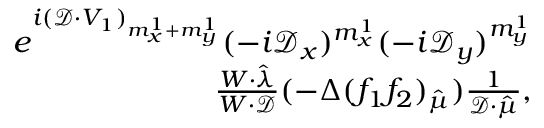
\begin{array} { r } { e ^ { i ( \mathcal { D } \cdot V _ { 1 } ) _ { m _ { x } ^ { 1 } + m _ { y } ^ { 1 } } } ( - i \mathcal { D } _ { x } ) ^ { m _ { x } ^ { 1 } } ( - i \mathcal { D } _ { y } ) ^ { m _ { y } ^ { 1 } } } \\ { \frac { W \cdot \hat { \lambda } } { W \cdot \mathcal { D } } ( - \Delta ( f _ { 1 } f _ { 2 } ) _ { \hat { \mu } } ) \frac { 1 } { \mathcal { D } \cdot \hat { \mu } } , } \end{array}